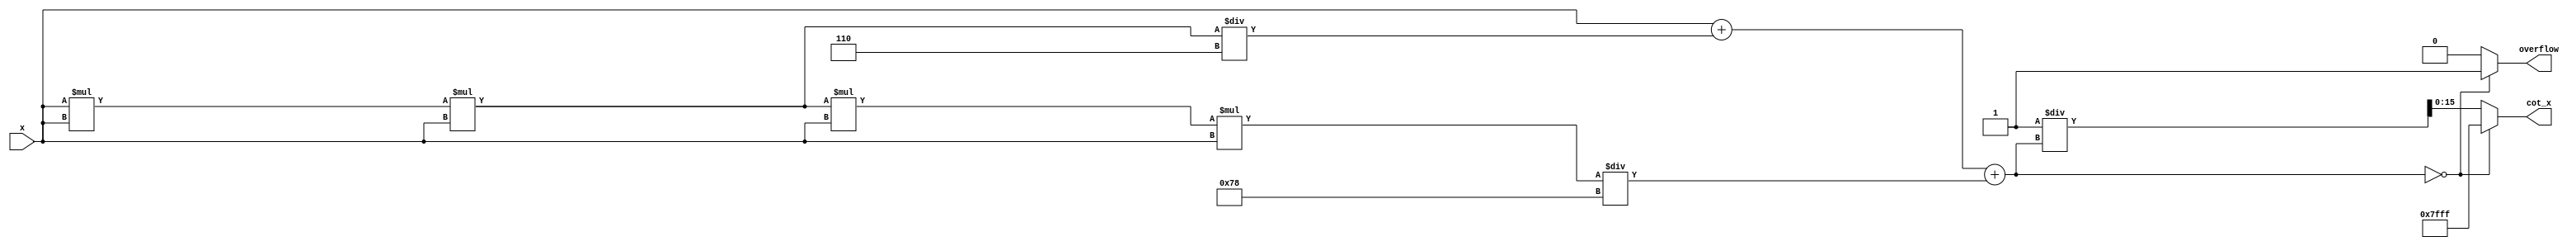
module cotangent (
    input wire [15:0] x,          // 16-bit fixed-point input angle in radians
    output reg [15:0] cot_x,      // 16-bit fixed-point output for cotangent
    output reg overflow            // Overflow flag
);
    // Internal signals
    reg [15:0] tan_x;              // Tangent value
    reg [31:0] reciprocal;         // To hold the reciprocal of tangent
    reg [31:0] tan_squared;        // To calculate tan^2(x)
    reg signed [15:0] angle_fixed; // Fixed-point representation of angle
    parameter MAX_COT = 16'h7FFF; // Predefined max value for saturation (representing +infinity)

    // Function to calculate tangent using a simple Taylor series expansion
    function [15:0] calculate_tan;
        input [15:0] angle;
        reg [15:0] tan_result;
        begin
            // Simple approximation: tan(x) = x + x^3/3! + x^5/5! (limited to small angles)
            // Fixed-point arithmetic scaling assumed
            tan_result = angle; // Starting value
            tan_result = tan_result + (angle * angle * angle) / 16'd6;  // + x^3/3!
            tan_result = tan_result + (angle * angle * angle * angle * angle) / 16'd120; // + x^5/5!
            calculate_tan = tan_result; // Return the result
        end
    endfunction

    // Compute cotangent (cot(x) = 1/tan(x))
    always @(*) begin
        // Initialize outputs
        cot_x = 16'b0;
        overflow = 1'b0;

        // Calculate tangent of input angle
        tan_x = calculate_tan(x);

        // Check for edge cases where tan(x) is very small, leading to overflow
        if (tan_x == 16'b0) begin
            cot_x = MAX_COT; // Set to max representing overflow
            overflow = 1'b1; // Indicate overflow
        end else begin
            // Compute reciprocal of tangent using integer arithmetic
            tan_squared = tan_x * tan_x; // Squaring the tangent
            reciprocal = 32'h00000001 / {16'b0, tan_x}; // Compute 1/tan(x) 
            cot_x = reciprocal[15:0]; // Assign the lower 16 bits to cot_x
        end
    end
endmodule